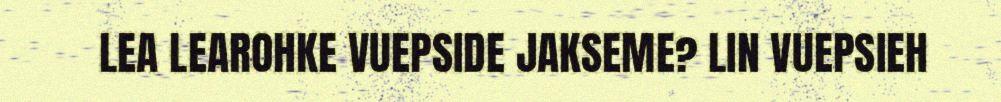
LEA LEAROHKE VUEPSIDE JAKSEME? LIN VUEPSIEH